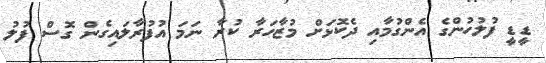
ޑީޑީ ފުލުހުންގެ އެންގުމާއި ދެކޮޅަށް މުޒާހަރާ ކުރާ ނަމަ އުފުރާލައިގެން ގޮސް ފުލު